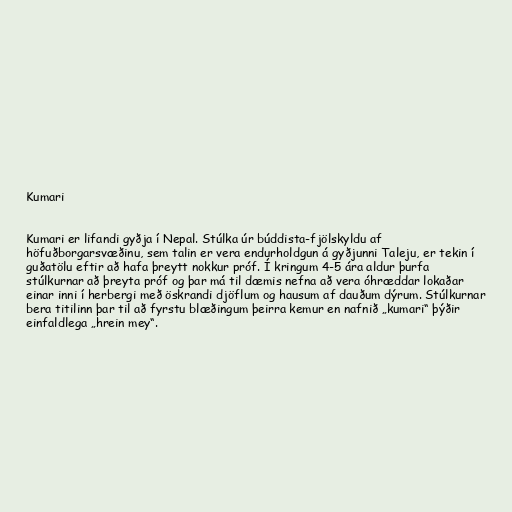
Kumari

Kumari er lifandi gyðja í Nepal. Stúlka úr búddista-fjölskyldu af
höfuðborgarsvæðinu, sem talin er vera endurholdgun á gyðjunni Taleju, er tekin í
guðatölu eftir að hafa þreytt nokkur próf. Í kringum 4-5 ára aldur þurfa
stúlkurnar að þreyta próf og þar má til dæmis nefna að vera óhræddar lokaðar
einar inni í herbergi með öskrandi djöflum og hausum af dauðum dýrum. Stúlkurnar
bera titilinn þar til að fyrstu blæðingum þeirra kemur en nafnið „kumari“ þýðir
einfaldlega „hrein mey“.